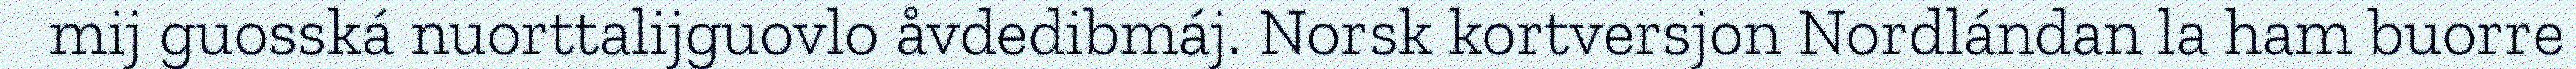
mij guosská nuorttalijguovlo åvdedibmáj. Norsk kortversjon Nordlándan la ham buorre